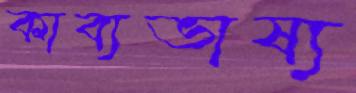
কাব্যভাষ্য